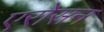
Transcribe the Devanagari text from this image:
एरोसन